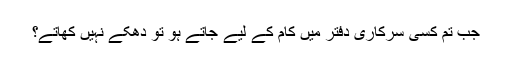
جب تم کسی سرکاری دفتر میں کام کے لیے جاتے ہو تو دھکے نہیں کھاتے؟